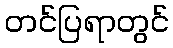
တင်ပြရာတွင်